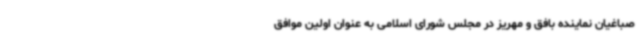
صباغیان نماینده بافق و مهریز در مجلس شورای اسلامی به عنوان اولین موافق